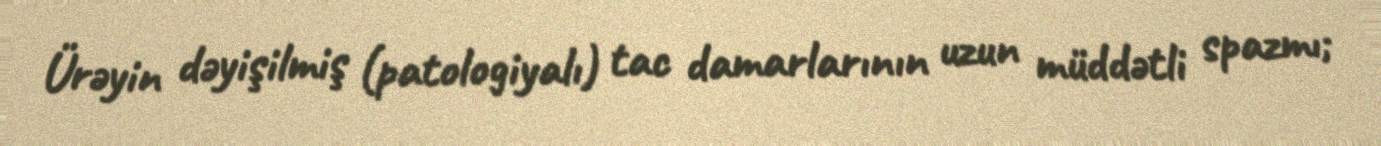
Ürəyin dəyişilmiş (patologiyalı) tac damarlarının uzun müddətli spazmı;